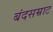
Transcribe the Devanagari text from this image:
बंदसम्राट